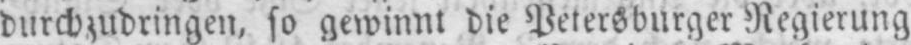
durchzudringen, so gewinnt die Petersburger Regierung